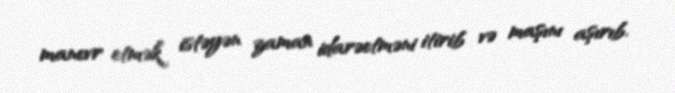
manevr etmək istəyən zaman idarəetməni itirib və maşını aşırıb.